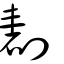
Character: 剨